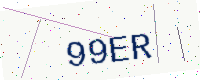
Text: 99ER